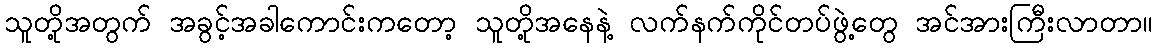
သူတို့အတွက် အခွင့်အခါကောင်းကတော့ သူတို့အနေနဲ့ လက်နက်ကိုင်တပ်ဖွဲ့တွေ အင်အားကြီးလာတာ။